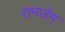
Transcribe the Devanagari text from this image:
रामजेम